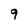
Character: 9